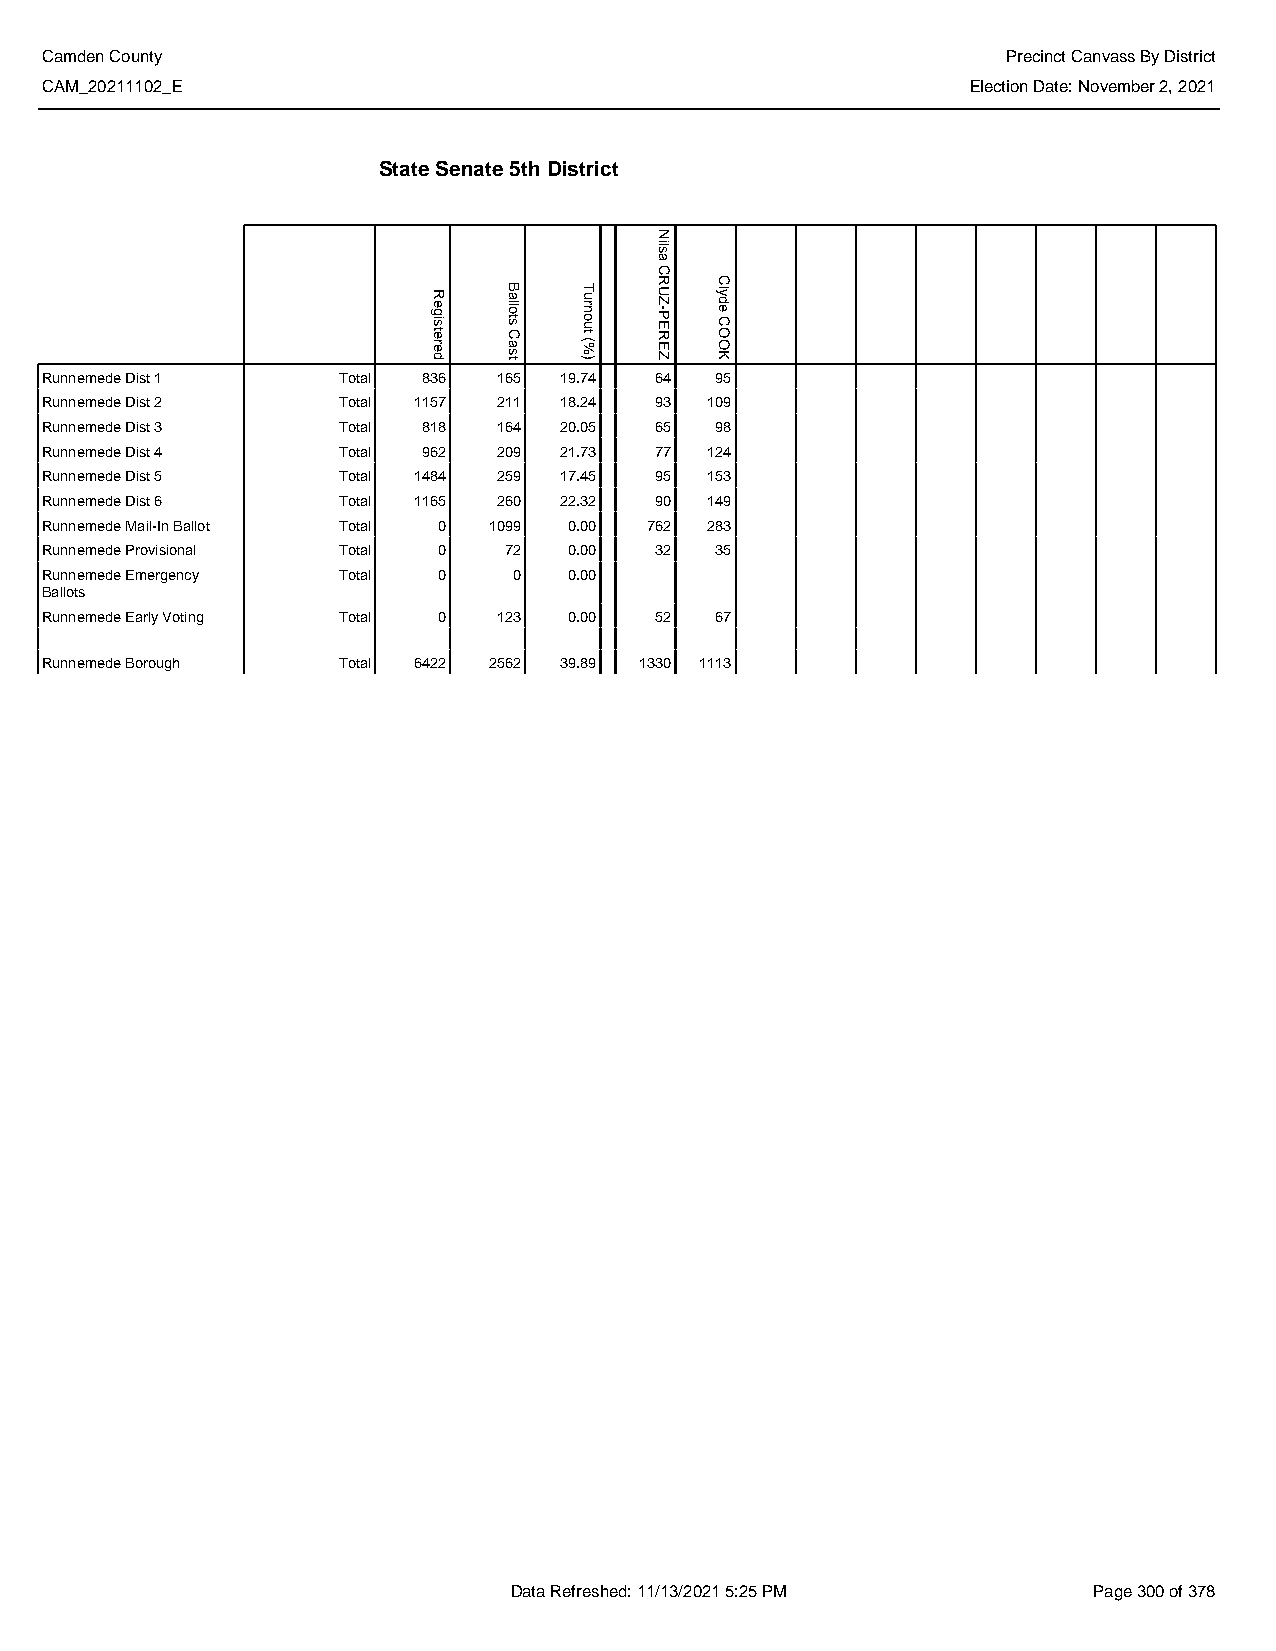
Camden County                                                   Precinct Canvass By District
 CAM_20211102_E                                               Election Date: November 2, 2021
 State Senate 5th District
 Runnemede Dist 1   Total 836  165 19.74 64  95
 Runnemede Dist 2   Total 1157 211 18.24 93  109
 Runnemede Dist 3   Total 818  164 20.05 65  98
 Runnemede Dist 4   Total 962  209 21.73 77  124
 Runnemede Dist 5   Total 1484 259 17.45 95  153
 Runnemede Dist 6   Total 1165 260 22.32 90  149
 Runnemede Mail-In Ballot Total 0 1099 0.00 762 283
 Runnemede Provisional Total 0 72   0.00 32  35
 Runnemede Emergency Total 0    0   0.00
 Ballots
 Runnemede Early Voting Total 0 123 0.00 52  67
 Runnemede Borough  Total 6422 2562 39.89 1330 1113
 Data Refreshed: 11/13/2021 5:25 PM    Page 300 of 378
 Registered
 Ballots
 Cast
 Turnout
 (%)
 Nilsa
 CRUZ-PEREZ
 Clyde
 COOK